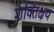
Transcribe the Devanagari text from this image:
शक्तिक्षय